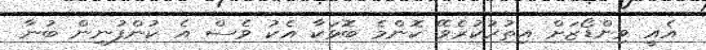
އެއީ ވިންޑޯޒަށް އިތުރުކުރެވޭ ކޮންމެ ބޮޅަކާ އެކު ވެސް އެ ކުންފުނިން ބުނާ